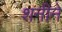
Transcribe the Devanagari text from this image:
शनीने